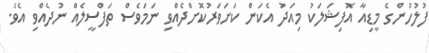
ފުލުހުންގެ މީޑިއާ އޮފިޝަަލަކު މިއަދު އެކަން ކަށަވަރުކޮށްދެއްވި ނަމަވެސް ތަފްސީލެއް ނުދެއްވި އެވެ.